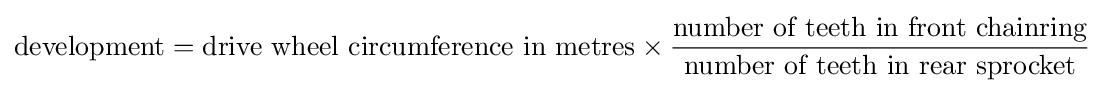
{\text{development}}={\text{drive wheel circumference in metres}}\times {\frac {\text{number of teeth in front chainring}}{\text{number of teeth in rear sprocket}}}